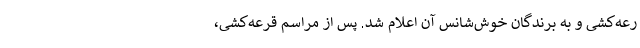
رعه‌کشی و به برندگان خوش‌شانس آن اعلام شد. پس از مراسم قرعه‌کشی،